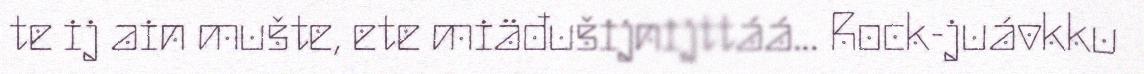
te ij ain mušte, ete miäđušijnijttáá... Rock-juávkku